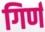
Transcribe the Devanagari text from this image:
गिर्ण